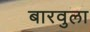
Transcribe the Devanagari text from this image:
बारवुला